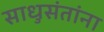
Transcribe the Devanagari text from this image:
साधुसंतांना